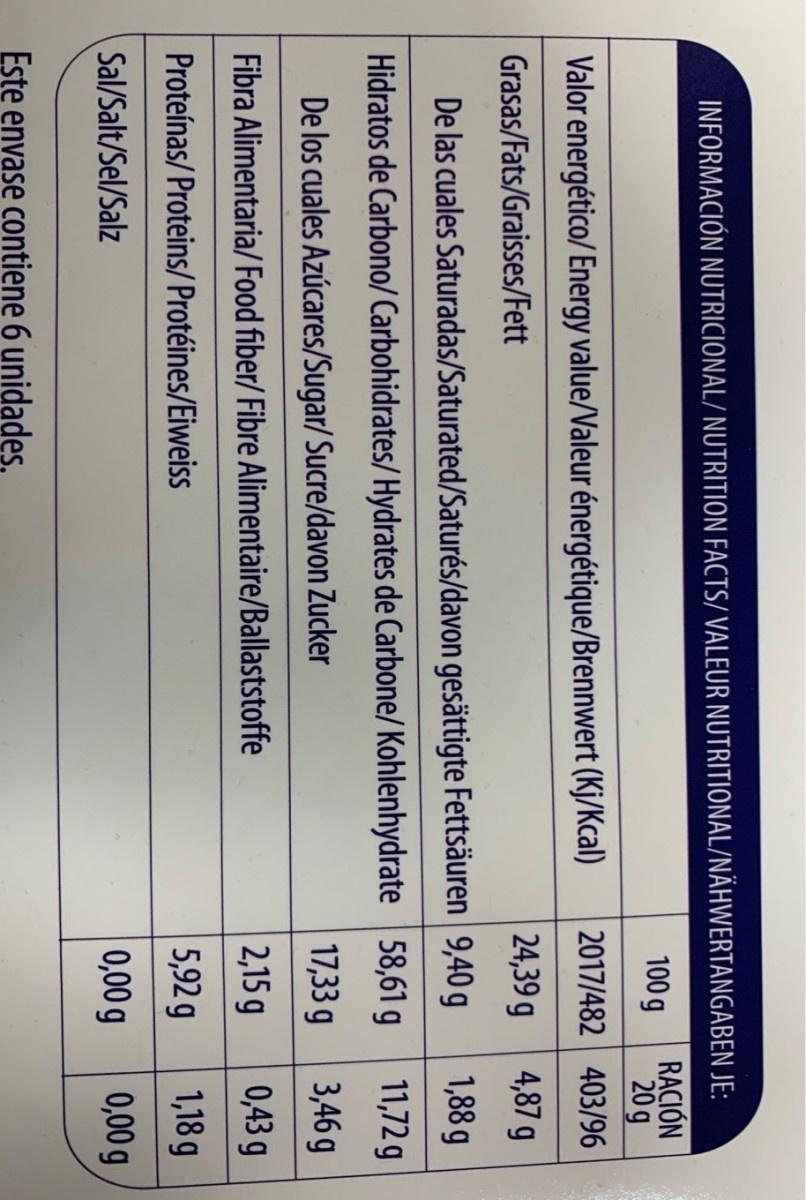
INFORMACIÓN NUTRICIONAL/ NUTRITION FACTS/ VALEUR NUTRITIONAL/NÄHWERTANGABEN JE: RẠCIÓN 20 g 2017/482 403/96 100 g Valor energético/ Energy value/Valeur énergétique/Brennwert (Kj/Kcal) 24,39 g 4,87 g Grasas/Fats/Graisses/Fett De las cuales Saturadas/Saturated/Saturés/davon gesättigte Fettsäuren 9,40 g 1,88 g Hidratos de Carbono/ Carbohidrates/Hydrates de Carbone/ Kohlenhydrate 58,61 g 11,72 g De los cuales Azúcares/Sugar/ Sucre/davon Zucker 17,33 g 3,46 g Fibra Alimentaria/ Food fiber/ Fibre Alimentaire/Ballaststoffe 2,15 g 0,43 g Proteínas/ Proteins/ Protéines/Eiweiss 5,92 g 1,18 g Sal/Salt/Sel/Salz 0,00 g 0,00 g Este envase contiene 6 unidades.